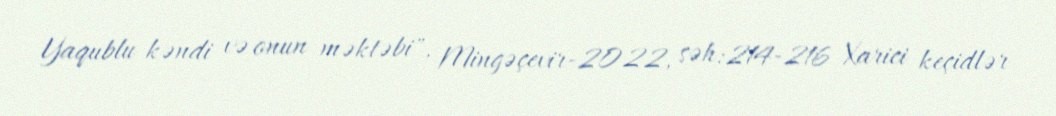
Yaqublu kəndi və onun məktəbi", Mingəçevir-2022, səh:214-216 Xarici keçidlər